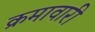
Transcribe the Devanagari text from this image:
क्रमावारी